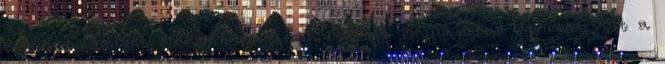
domináns helyet szerzett magának országa médiájába. Ugyanez volt a